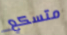
متسكع